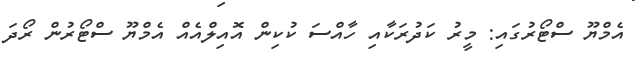
އެމްޔޫ ސްޓޯރުގައި: މީރު ކަދުރަކާއި ހާއްސަ ކުކިން އޮއިލްއެއް އެމްޔޫ ސްޓޯރުން ރޯދަ